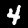
Digit: 4